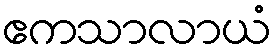
ဧကသာလာယံ